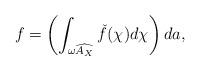
LaTeX: \begin{align*} f = \left(\int_{\omega\widehat{A_X}} \check f(\chi) d\chi\right) da,\end{align*}